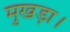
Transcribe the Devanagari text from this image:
मुखड़ा।